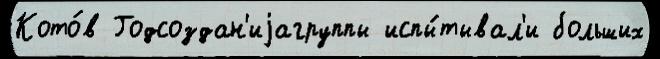
Кото́в Годсоздан'иjагруппы испы́тывал'и больших